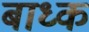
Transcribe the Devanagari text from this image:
बाध्‍क